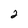
Character: 2